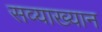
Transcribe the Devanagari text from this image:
सव्याख्यान